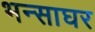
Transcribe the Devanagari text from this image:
भन्साघर